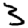
Digit: 3